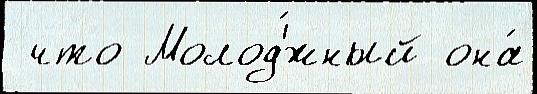
 что Молод'́жный она́